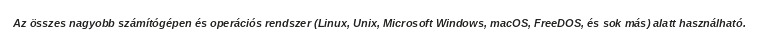
Az összes nagyobb számítógépen és operációs rendszer (Linux, Unix, Microsoft Windows, macOS, FreeDOS, és sok más) alatt használható.